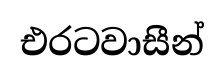
එරටවාසීන්